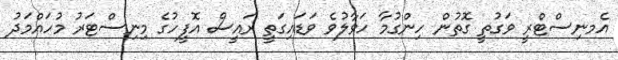
އެމނިސްޓްރީ ވަގުތީ ގޮތުން ހިންގުމާ ހަވާލުވެ ވަޑައިގަތީ ރައީސް އޮފީހުގެ މިނިސްޓަރު މުހައްމަދު